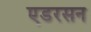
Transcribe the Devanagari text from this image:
एडरसन